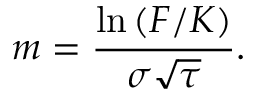
m = { \frac { \ln \left( F / K \right) } { \sigma { \sqrt { \tau } } } } .